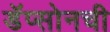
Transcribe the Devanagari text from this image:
डॅप्सोनची